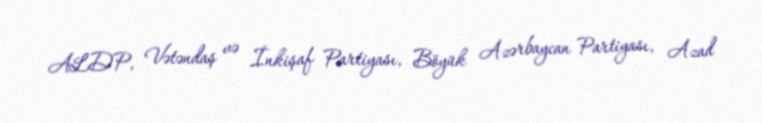
ALDP, Vətəndaş və İnkişaf Partiyası, Böyük Azərbaycan Partiyası, Azad